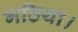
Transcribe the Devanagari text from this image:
गठिया।